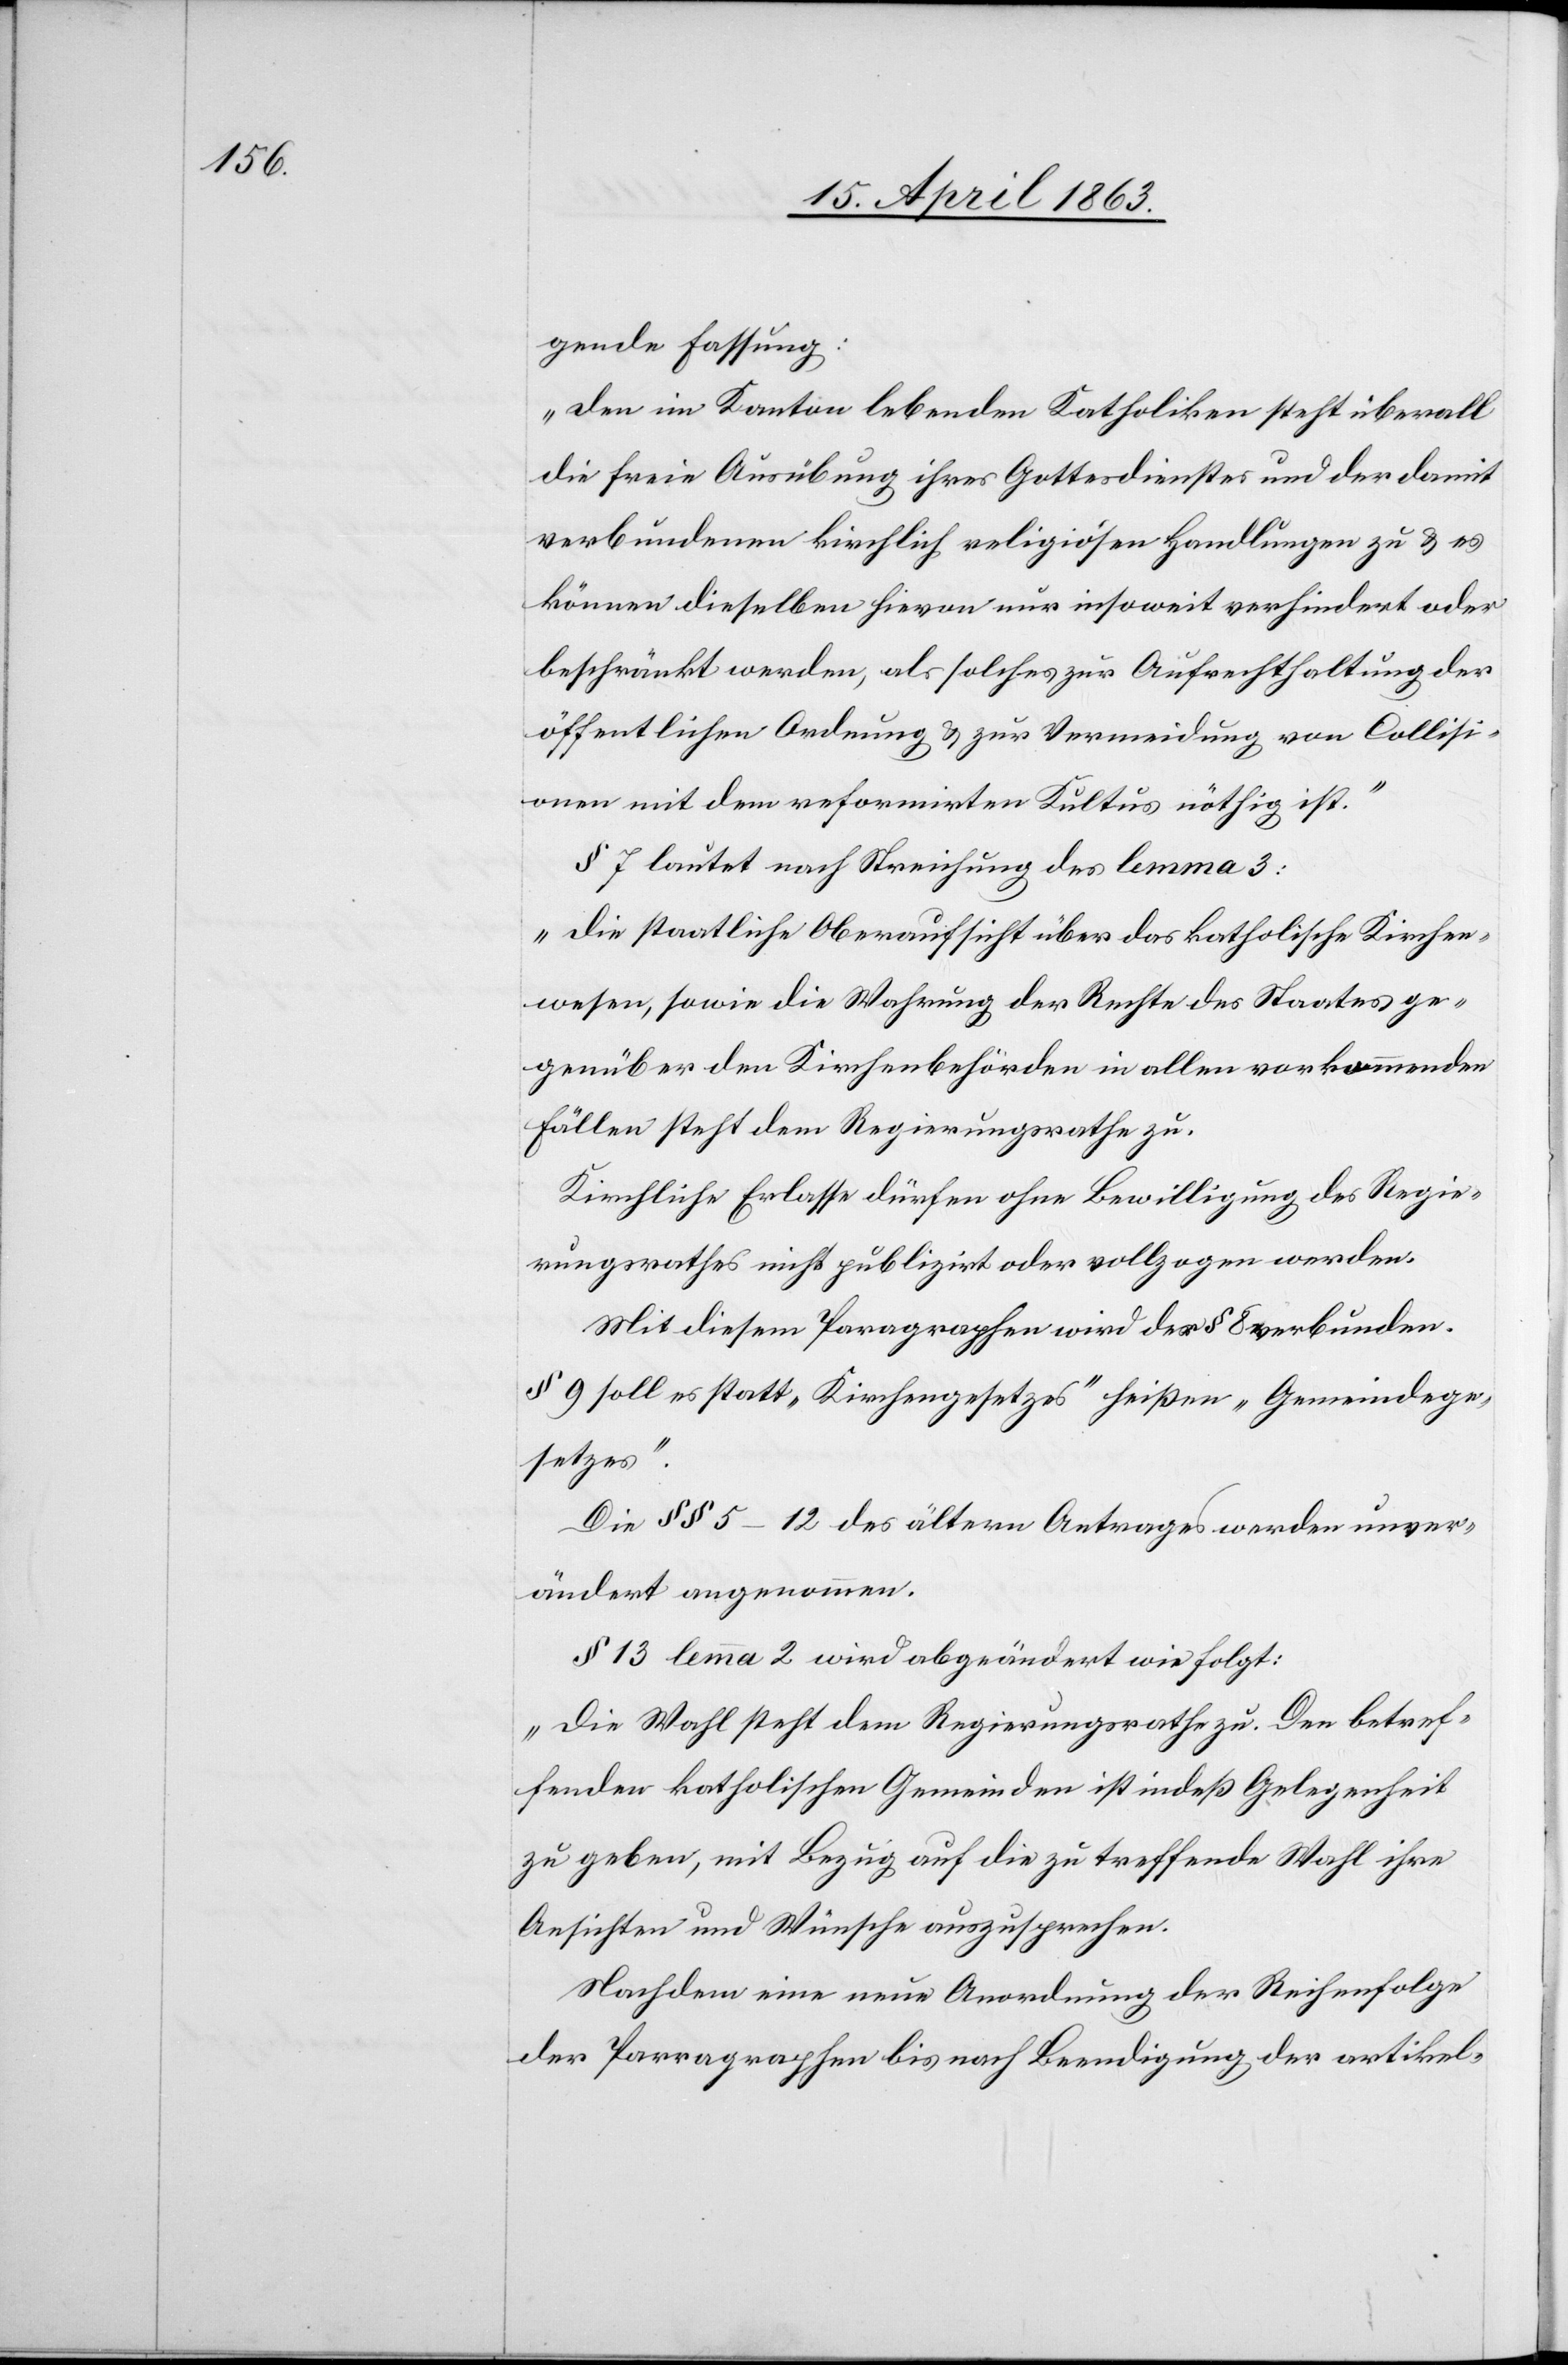
gende Fassung:
„den im Kanton lebenden Katholiken steht überall
die freie Ausübung ihres Gottesdienstes und der damit
verbundenen kirchlich religiösen Handlungen zu & es
können dieselben hievon nur insoweit verhindert oder
beschränkt werden, als solches zur Aufrechthaltung der
öffentlichen Ordnung & zur Vermeidung von Collisi¬
onen mit dem reformirten Kultus nöthig ist.“
§ 7 lautet nach Streichung des lemma 3:
„die staatliche Oberaufsicht über das katholische Kirchen¬
wesen, sowie die Wahrung der Rechte des Staates ge¬
genüber den Kirchenbehörden in allen vorkommenden
Fällen steht dem Regierungsrathe zu.
Kirchliche Erlasse dürfen ohne Bewilligung des Regie¬
rungsrathes nicht publizirt oder vollzogen werden.“
Mit diesem Paragraphen wird der § 8 verbunden.
§ 9 soll es statt „Kirchengesetzes“ heißen „Gemeindege¬
setzes“.
Die §§ 5–12 des ältern Antrages werden unver¬
ändert angenommen.
§ 13 lemma 2 wird abgeändert wie folgt:
„Die Wahl steht dem Regierungsrathe zu. Den betref¬
fenden katholischen Gemeinden ist indeß Gelegenheit
zu geben, mit Bezug auf die zu treffende Wahl ihre
Ansichten und Wünsche auszusprechen.“
Nachdem eine neue Anordnung der Reihenfolge
der Parragraphen [sic!] bis nach Beendigung der artikel-